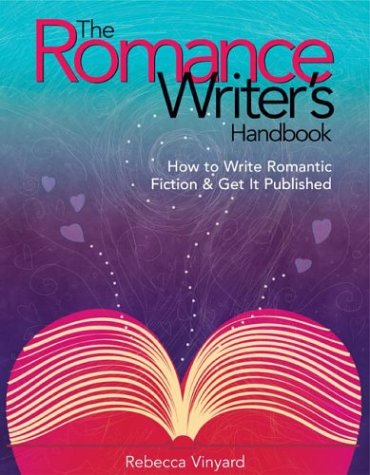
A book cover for The Romance Writer's Handbook; Rebecca Vinyard; Romance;